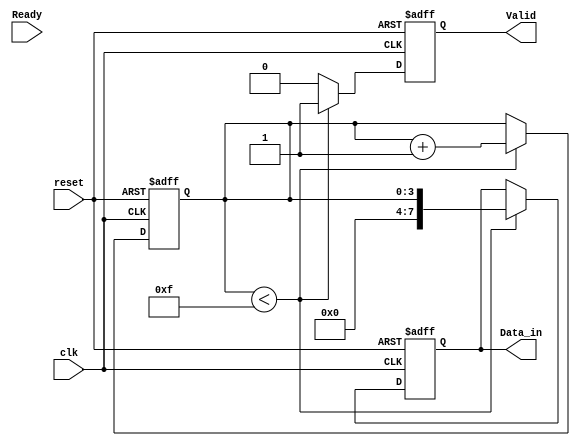
module producer (
    input wire clk,
    input wire reset,
    output reg [7:0] Data_in,
    output reg Valid,
    input wire Ready
);
    // State to manage data generation
    reg [3:0] count; // Example data counter

    always @(posedge clk or posedge reset) begin
        if (reset) begin
            Data_in <= 8'b0;
            Valid <= 1'b0;
            count <= 4'b0;
        end else begin
            // Generate data and control Valid signal
            if (count < 4'd15) begin
                Data_in <= count; // Example data (incrementing)
                Valid <= 1'b1;    // Assert Valid
                count <= count + 1;
            end else begin
                Valid <= 1'b0;    // Deassert Valid when done
            end
        end
    end

endmodule